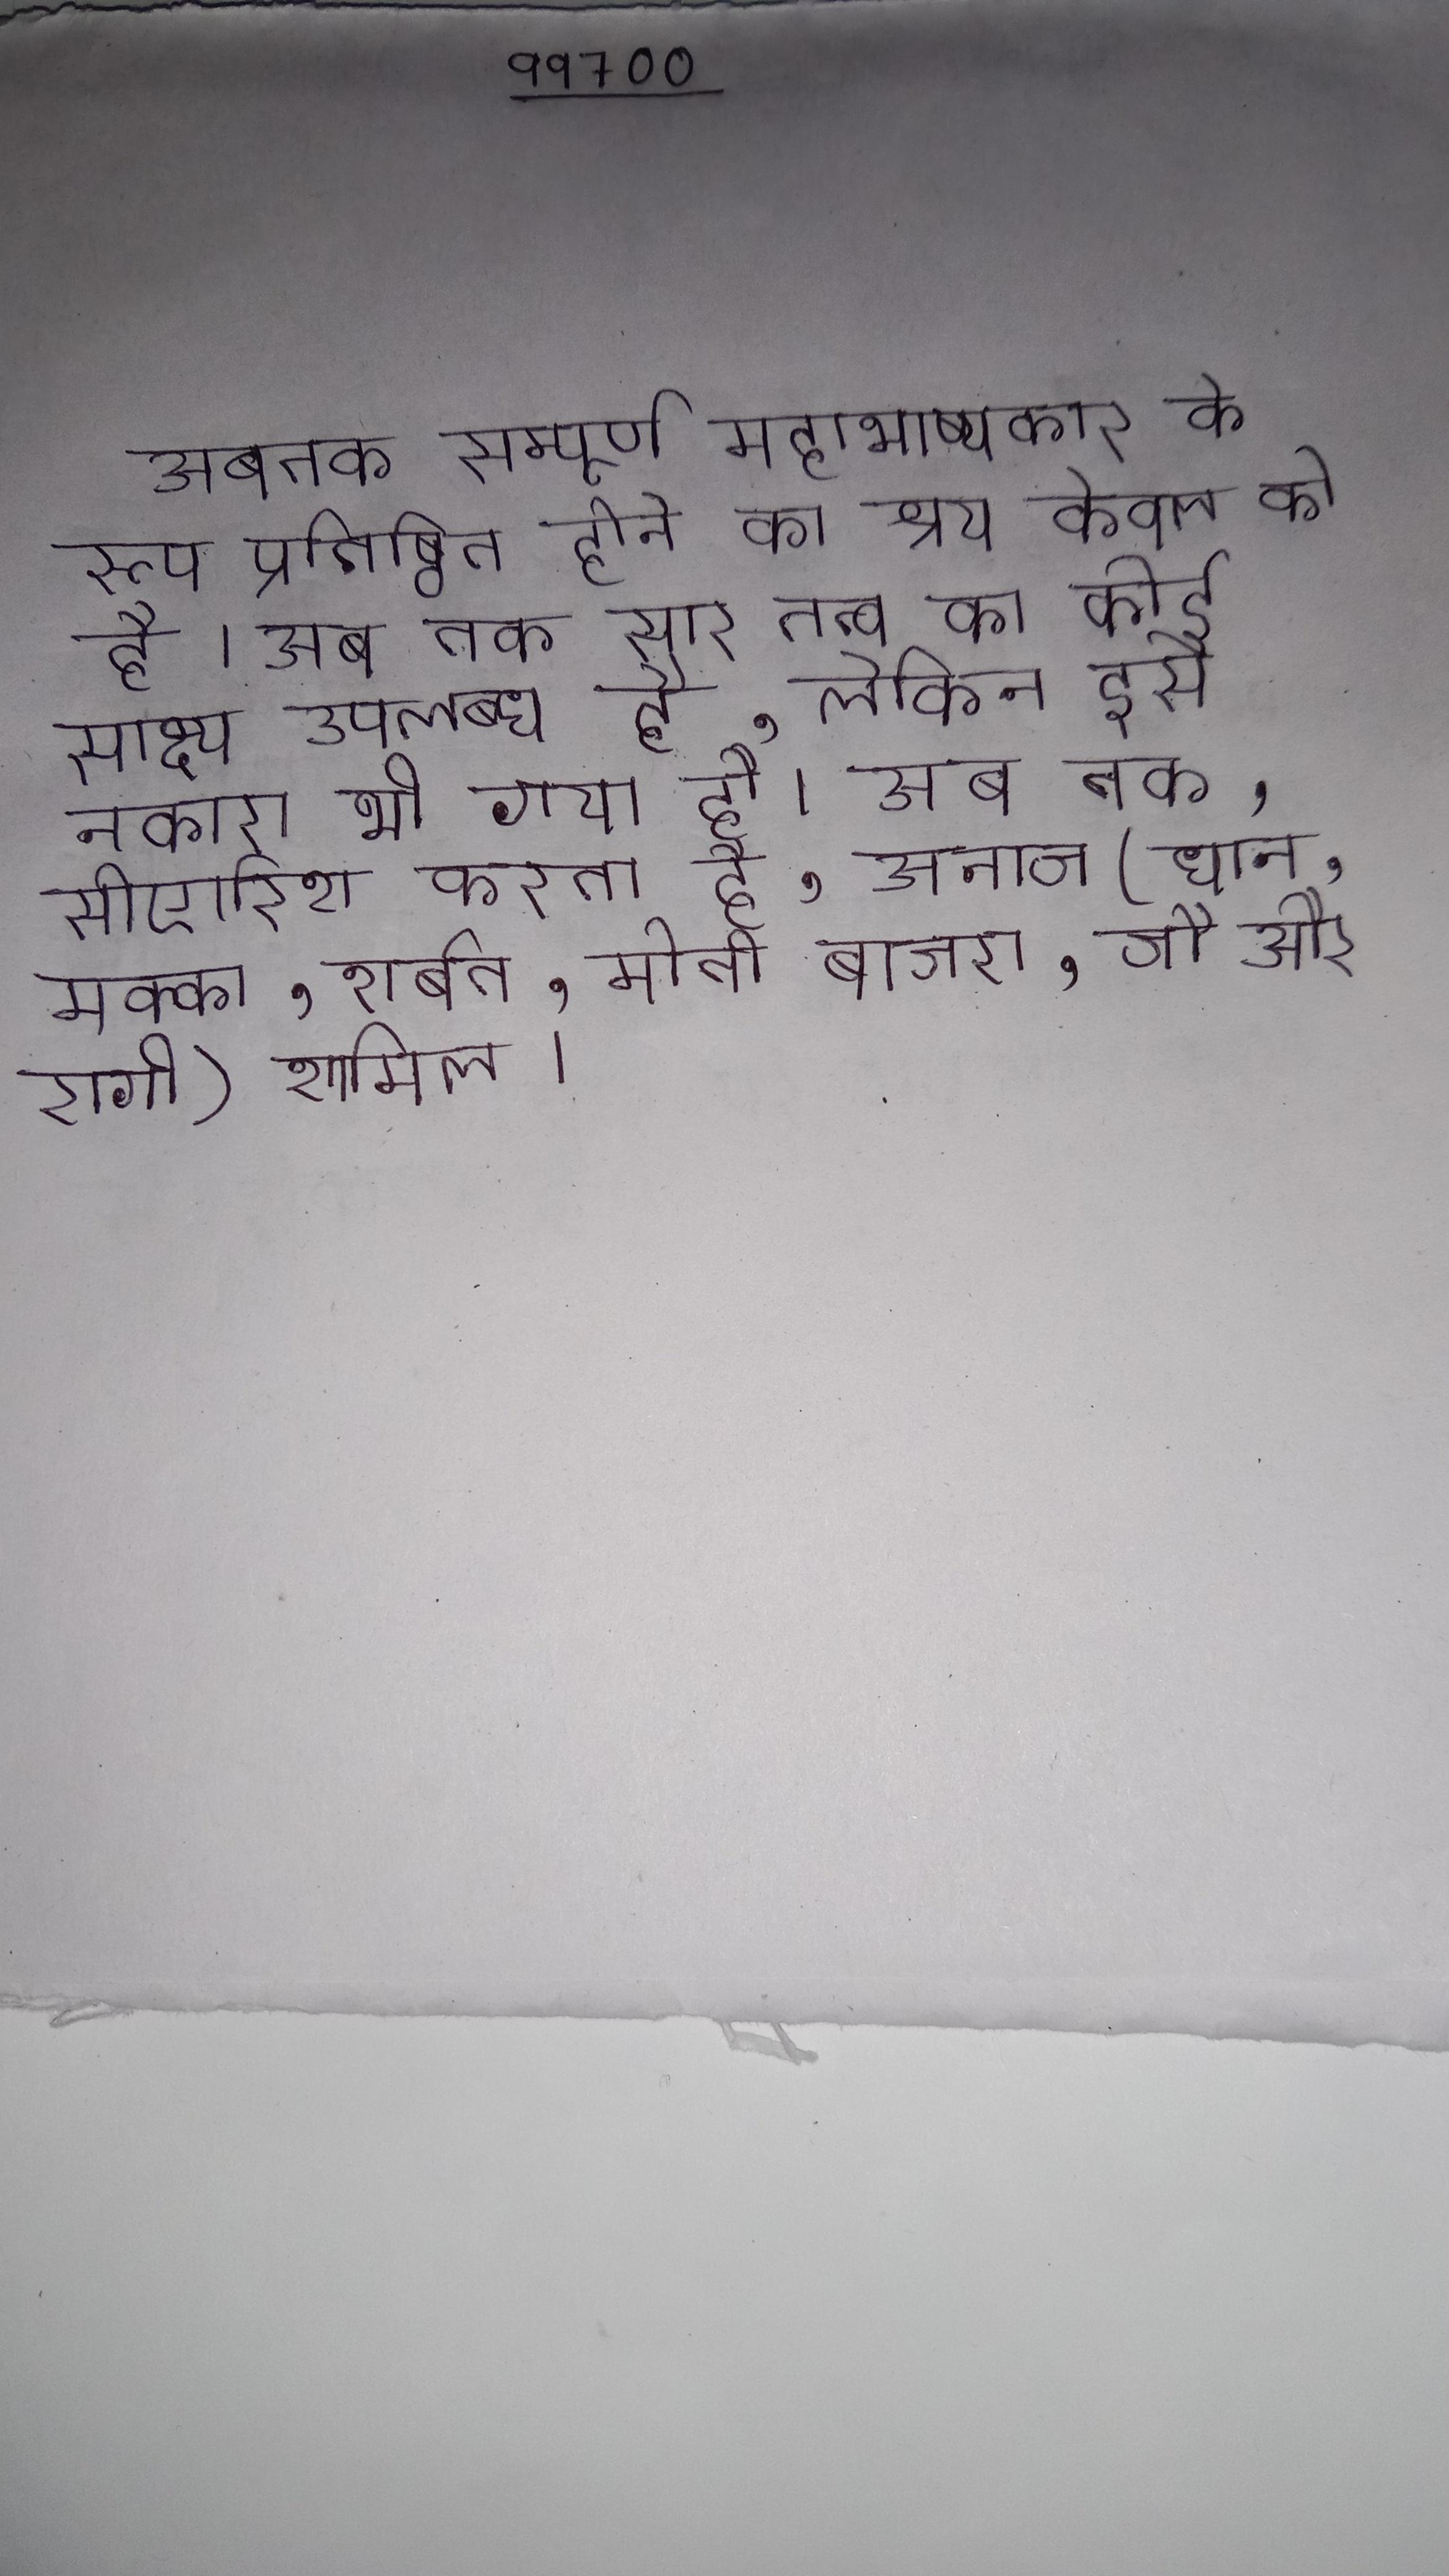
अबतक सम्पूर्ण महाभाष्यकार के रूप प्रतिष्ठित होने का श्रेय केवल को है । अब तक सार तत्व का कोई साक्ष्य उपलब्ध है, लेकिन इसे नकारा भी गया है । अब तक, सीएसीपी के एमएसपी की सिफारिश करता है, अनाज (धान, मक्का, शर्बत, मोती बाजरा, जौ और रागी) शामिल ।